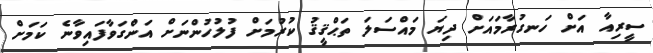
ސީރިއާ އަށް ހަނގުރާމައަށް ދިޔަ މައްސަލަ ތަޙްޤީޤު ކުރުމަށް ފުލުހުންނަށް އަންގަވާފައިވާނެ ކަމަށް